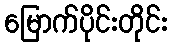
မြောက်ပိုင်းတိုင်း